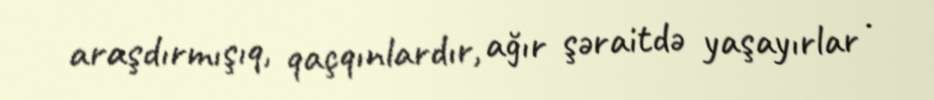
araşdırmışıq, qaçqınlardır, ağır şəraitdə yaşayırlar .